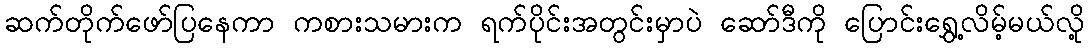
ဆက်တိုက်ဖော်ပြနေကာ ကစားသမားက ရက်ပိုင်းအတွင်းမှာပဲ ဆော်ဒီကို ပြောင်းရွှေ့လိမ့်မယ်လို့